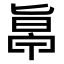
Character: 𠤞